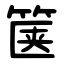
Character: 箧